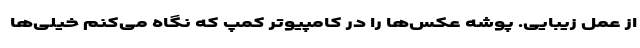
از عمل زیبایی. پوشه عکس‌ها را در کامپیوتر کمپ که نگاه می‌کنم خیلی‌ها